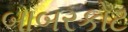
બાબરકોટ